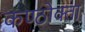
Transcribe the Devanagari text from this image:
कण्ठोक्ता